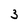
Character: 3